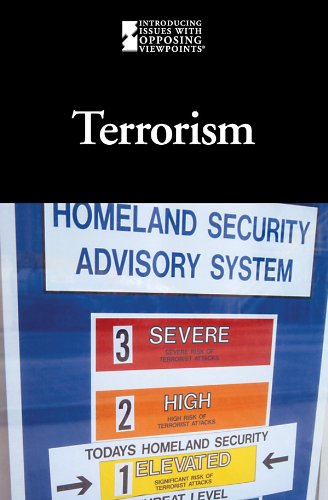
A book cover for Terrorism (Introducing Issues With Opposing Viewpoints); Lauri S. Friedman; Teen & Young Adult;